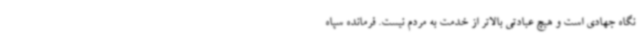
نگاه جهادی است و هیچ عبادتی بالاتر از خدمت به مردم نیست. فرمانده سپاه